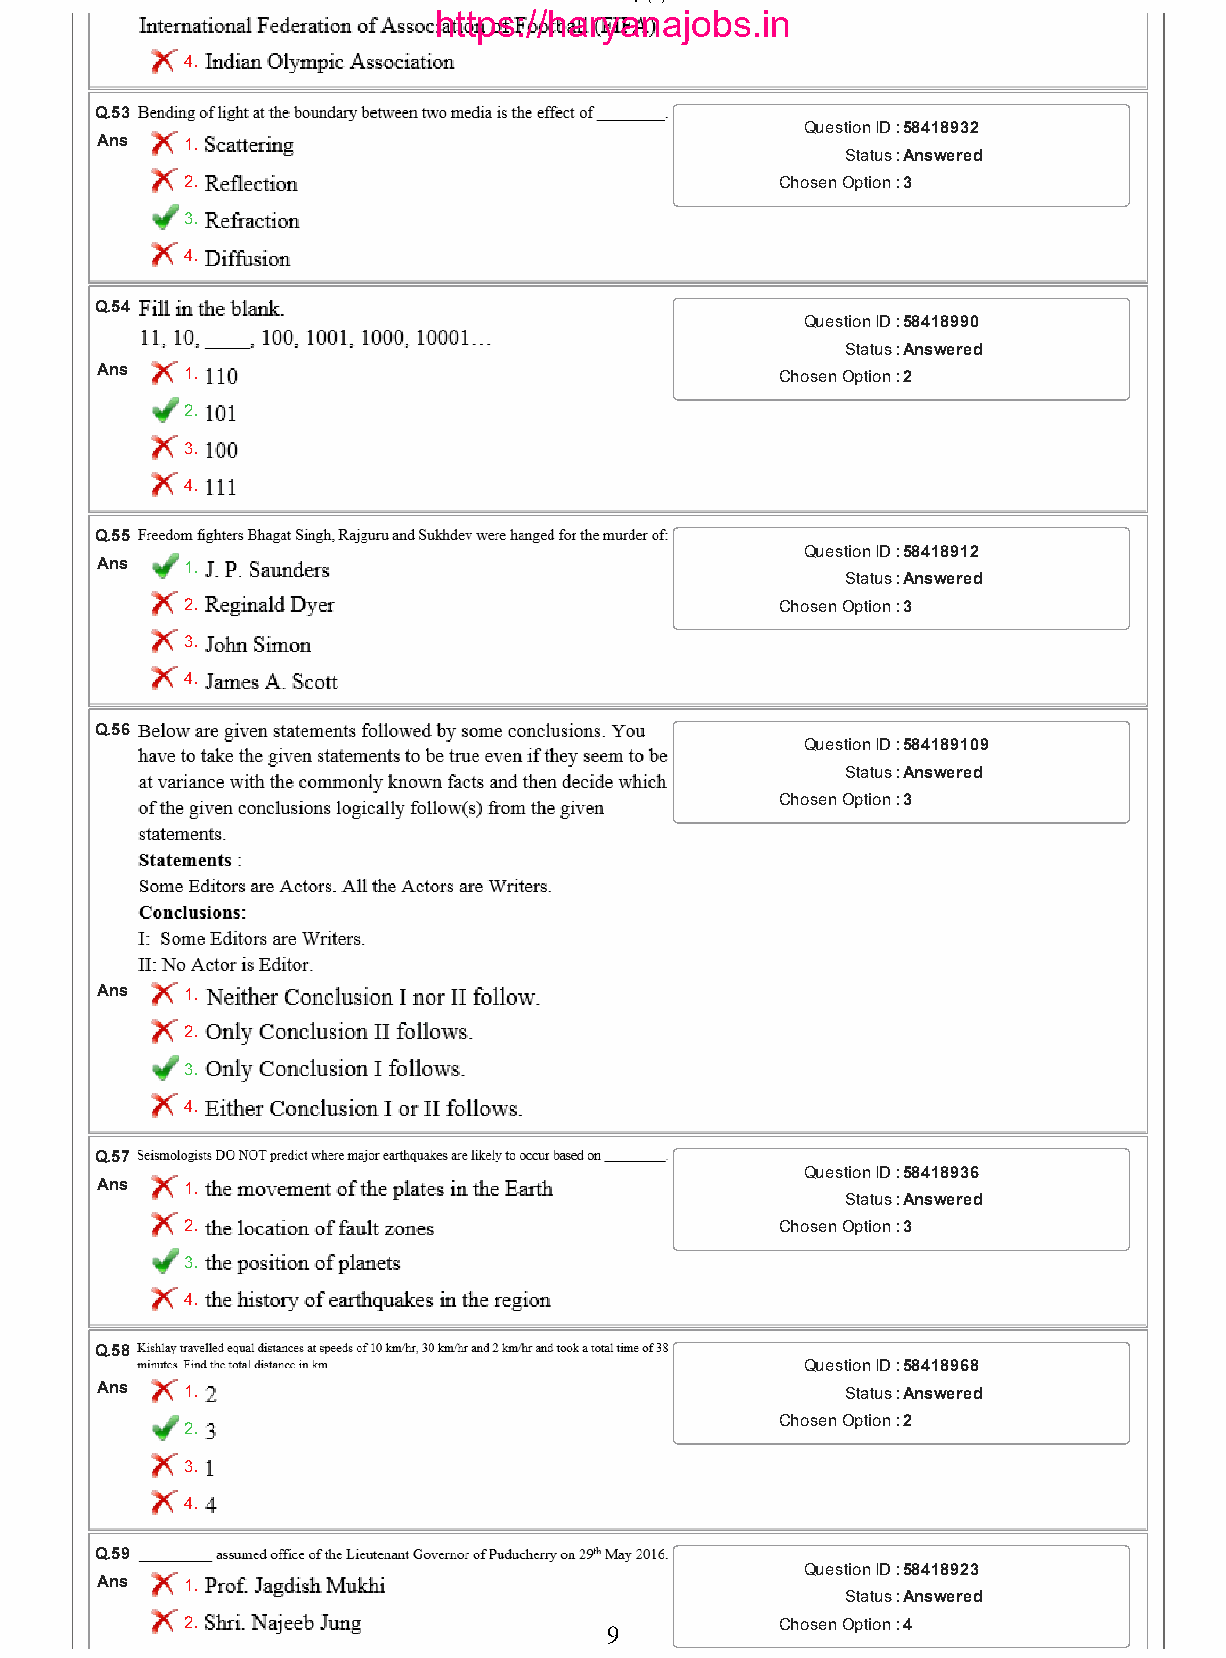
26/01/2017                           Qp (5).html
 https://haryanajobs.in
 4.
 Q.53
 Question ID :58418932
 Ans  1.
 Status :Answered
 2.                                      Chosen Option :3
 3.
 4.
 Q.54
 Question ID :58418990
 Status :Answered
 Ans  1.                                      Chosen Option :2
 2.
 3.
 4.
 Q.55
 Question ID :58418912
 Ans  1.
 Status :Answered
 2.                                      Chosen Option :3
 3.
 4.
 Q.56
 Question ID :584189109
 Status :Answered
 Chosen Option :3
 Ans  1.
 2.
 3.
 4.
 Q.57
 Question ID :58418936
 Ans  1.
 Status :Answered
 2.                                      Chosen Option :3
 3.
 4.
 Q.58
 Question ID :58418968
 Ans  1.                                          Status :Answered
 Chosen Option :2
 2.
 3.
 4.
 Q.59
 Question ID :58418923
 Ans  1.
 Status :Answered
 2.                                      Chosen Option :4
 9
 file:///C:/Users/Narottam%20Vats/Downloads/Qp%20(5).html                 9/19